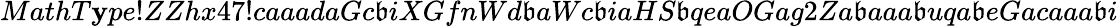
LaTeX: MathT\mathbf{y}pe!ZZhx47!caaadaGc\mathfrak{b}iXGfnWd\mathfrak{b}aWc\mathfrak{b}iaHS\mathfrak{b}qeaOGag2Za\mathfrak{b}aaa\mathfrak{b}uqa\mathfrak{b}eGacaaa\mathfrak{b}i